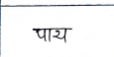
मजकूर: पाय